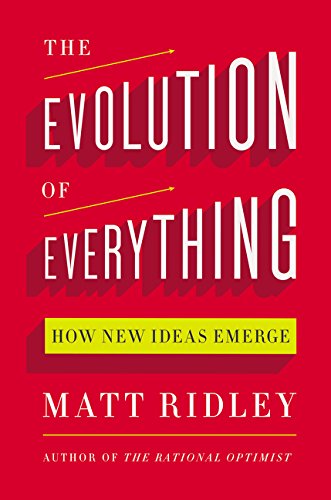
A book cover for The Evolution of Everything: How New Ideas Emerge; Matt Ridley; Science & Math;